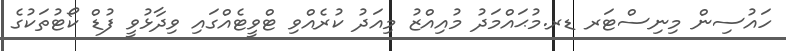
ހައުސިން މިނިސްޓަރ ޑރ.މުޙައްމަދު މުއިއްޒު މިއަދު ކުރެއްވި ޓްވީޓެއްގައި ވިދާޅުވީ ފުޑް ކޯޓުތަކުގެ